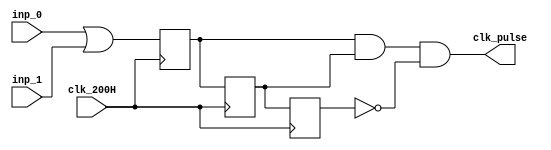
`timescale 1ns / 1ps
//MUDIT

module clk_pulse(
    input clk_200H,
    input inp_0,
    input inp_1,
    output clk_pulse
    );
    wire inp_comp;
    reg FF1_next, FF2_next, FF3_next;
    reg FF1_reg, FF2_reg, FF3_reg;
    
    assign inp_comp = inp_0 | inp_1;
    
    always@(posedge clk_200H)
    begin 
        FF1_reg <=FF1_next;
        FF2_reg <= FF2_next;
        FF3_reg <= FF3_next;
    end
    
   always@(*)
       FF1_next = inp_comp;
    
   always@(*)
       FF2_next = FF1_reg ;
        
   always@(*)
       FF3_next = FF2_reg ;
        
   always@(*)
       FF3_next = FF2_reg ;
        
    
    assign clk_pulse = FF1_reg & FF2_reg & (~FF3_reg);
    
endmodule